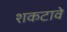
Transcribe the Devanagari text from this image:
शकटावे